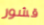
قشور